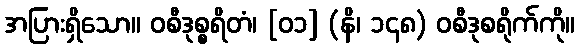
အပြားရှိသော။ ဝစီဒုစ္စရိတံ၊ [၀၁] (နိ၊ ၁၄၈) ဝစီဒုစရိုက်ကို။